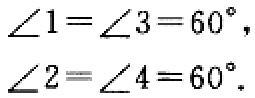
\(\angle1 = \angle3 = 60^{\circ},\)
\(\angle2 = \angle4 = 60^{\circ}.\)